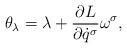
LaTeX: \begin{gather*}\theta_{\lambda} = \lambda + \frac{\partial L}{\partial \dot q^\sigma} \omega^\sigma ,\end{gather*}